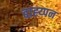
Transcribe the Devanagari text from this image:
बाह्य्पन